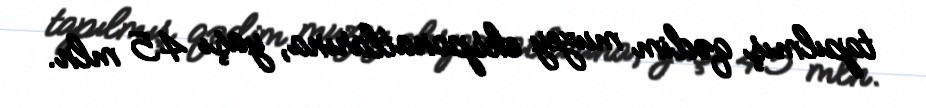
tapılmış qədim muzey eksponatlarına, yaşı 45 mln.